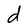
Character: d